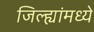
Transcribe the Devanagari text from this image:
जिल्ह्यांंमध्ये